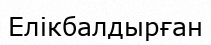
Елікбалдырған